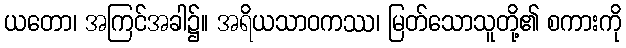
ယတော၊ အကြင်အခါ၌။ အရိယသာဝကဿ၊ မြတ်သောသူတို့၏ စကားကို